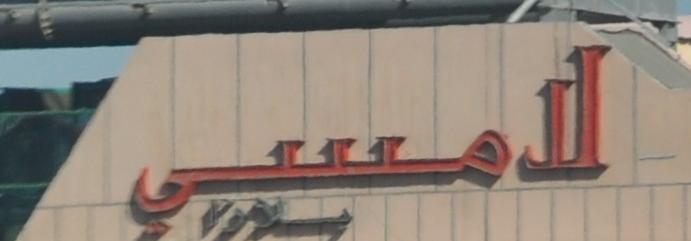
لل